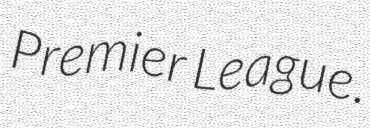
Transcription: Premier League.